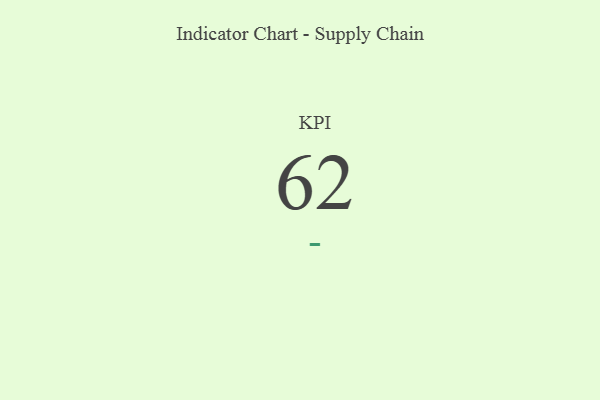
{"axis": {"x": "KPI", "y": "Value"}, "legend": [""], "data": [{"x": "KPI", "y": 62, "type": ""}]}